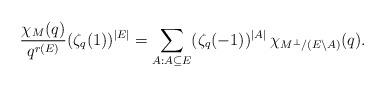
LaTeX: \begin{align*}\frac{\chi_M(q)}{q^{r(E)}}(\zeta_q(1))^{|E|}=\sum_{A:A\subseteq E} (\zeta_q(-1))^{|A|}\,\chi_{M^\perp/(E\setminus A)}(q).\end{align*}